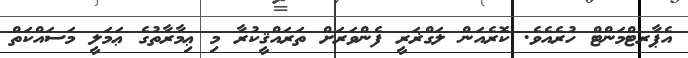
އެޕާރޓްމަންޓް ހުރެއެވެ. ކޮރެއަން ލަގްޜަރީ ފެންވަރަށް ތަރައްޤީކުރާ މި ޢިމާރާތުގެ ޢަމަލީ މަސައްކަތް